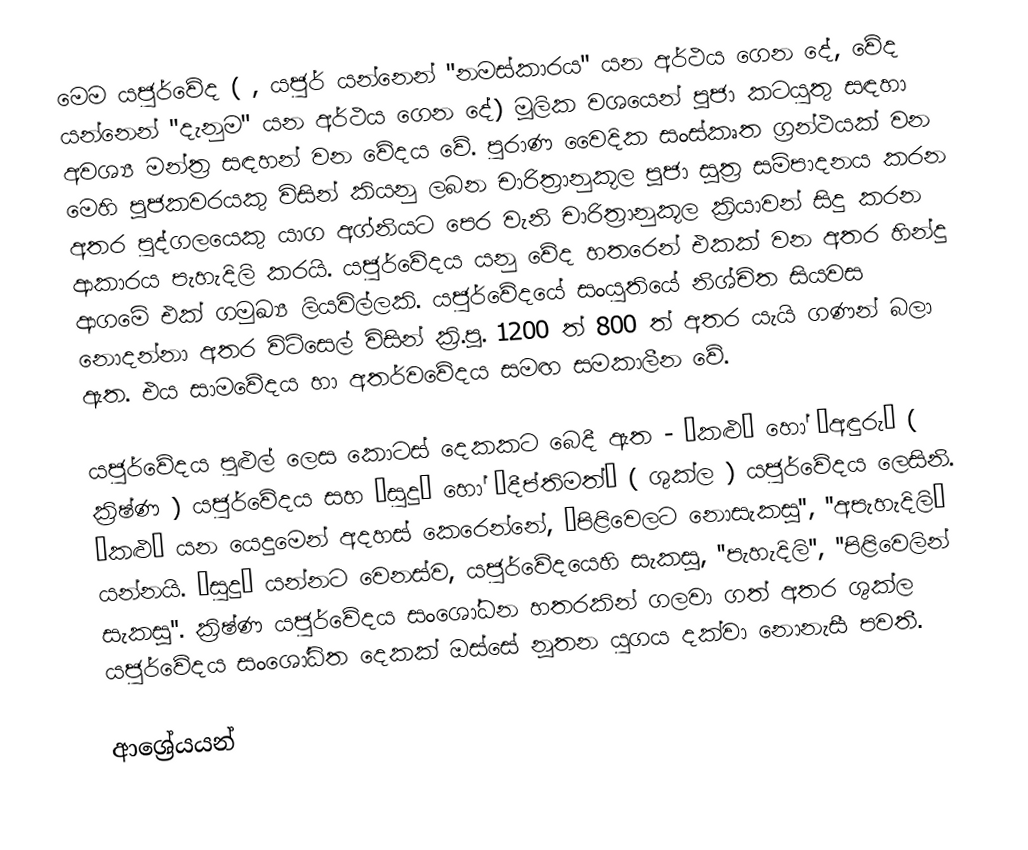
මෙම යජුර්වේද (  ,  යජුර් යන්නෙන් "නමස්කාරය" යන අර්ථය ගෙන දේ,  වේද යන්නෙන් "දැනුම" යන අර්ථය ගෙන දේ) මූලික වශයෙන් පූජා කටයුතු සඳහා අවශ්‍ය මන්ත්‍ර සඳහන් වන වේදය වේ.  පුරාණ වෛදික සංස්කෘත ග්‍රන්ථයක් වන මෙහි පූජකවරයකු විසින් කියනු ලබන චාරිත්‍රානුකූල පූජා සූත්‍ර සම්පාදනය කරන අතර පුද්ගලයෙකු යාග අග්නියට පෙර වැනි චාරිත්‍රානුකූල ක්‍රියාවන් සිදු කරන ආකාරය පැහැදිලි කරයි.  යජුර්වේදය යනු වේද හතරෙන් එකක් වන අතර හින්දු ආගමේ එක් ගමුඛ්‍ය ලියවිල්ලකි. යජුර්වේදයේ සංයුතියේ නිශ්චිත සියවස නොදන්නා අතර විට්සෙල් විසින් ක්‍රි.පූ. 1200 ත් 800 ත් අතර යැයි ගණන් බලා ඇත. එය සාමවේදය හා අතර්වවේදය සමඟ සමකාලීන වේ.

යජුර්වේදය පුළුල් ලෙස කොටස් දෙකකට බෙදී ඇත - “කළු” හෝ “අඳුරු” ( ක්‍රිෂ්ණ ) යජුර්වේදය සහ “සුදු” හෝ “දීප්තිමත්” ( ශුක්ල ) යජුර්වේදය ලෙසිනි. “කළු” යන යෙදුමෙන් අදහස් කෙරෙන්නේ, “පිළිවෙලට නොසැකසූ'', ''අපැහැදිලි” යන්නයි. “සුදු” යන්නට වෙනස්ව, යජුර්වේදයෙහි සැකසූ, ''පැහැදිලි'', ''පිළිවෙලින් සැකසූ''.  ක්‍රිෂ්ණ යජුර්වේදය සංශෝධන හතරකින්  ගලවා ගත් අතර ශුක්ල යජුර්වේදය සංශෝධිත දෙකක් ඔස්සේ නූතන යුගය දක්වා නොනැසී පවතී.

ආශ්‍රේයයන්